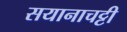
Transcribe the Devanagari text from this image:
सयानाचट्टी